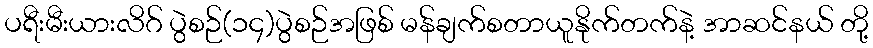
ပရီးမီးယားလိဂ် ပွဲစဉ်(၁၄)ပွဲစဉ်အဖြစ် မန်ချက်စတာယူနိုက်တက်နဲ့ အာဆင်နယ် တို့